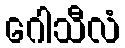
ဂေါသီလံ